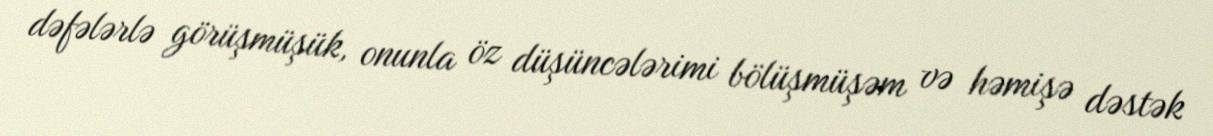
dəfələrlə görüşmüşük, onunla öz düşüncələrimi bölüşmüşəm və həmişə dəstək